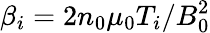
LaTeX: \beta_{i}=2n_{0}\mu_{0}T_{i}/B_{0}^{2}